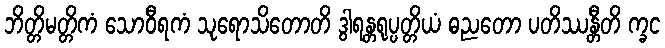
ဘိတ္တိမတ္တိကံ သောဝီရကံ သုရောသိတောတိ ဒွါရန္တရုပ္ပတ္တိယံ ဓညတော ပတိဿန္တီတိ က္ခင